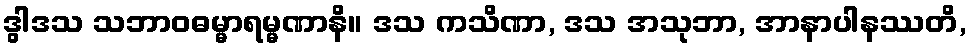
ဒွါဒသ သဘာဝဓမ္မာရမ္မဏာနိ။ ဒသ ကသိဏာ, ဒသ အသုဘာ, အာနာပါနဿတိ,